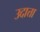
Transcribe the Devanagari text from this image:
उदात्ता